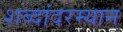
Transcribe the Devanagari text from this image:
शब्दांदरम्यान